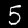
Label: 5